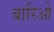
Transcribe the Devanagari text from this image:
बारिओ